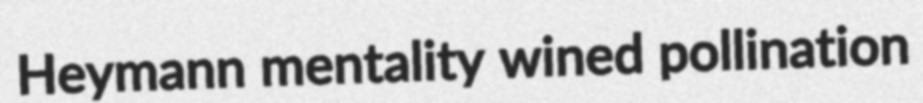
Heymann mentality wined pollination